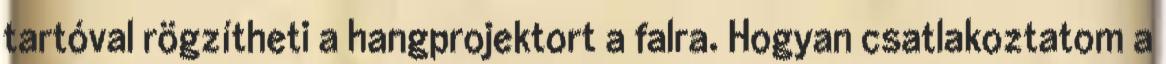
tartóval rögzítheti a hangprojektort a falra. Hogyan csatlakoztatom a